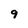
Character: 9